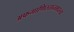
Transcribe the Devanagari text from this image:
अफगाणिस्तानमधल्या